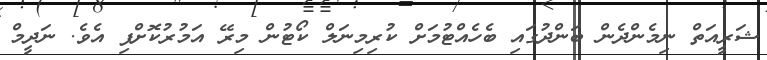
ޝަރީއަތް ނިމެންދެން ބަންދުގައި ބެހެއްޓުމަށް ކުރިމިނަލް ކޯޓުން މިރޭ އަމުރުކޮށްފި އެވެ. ނަދީމް